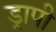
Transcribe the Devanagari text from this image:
ड्रापी